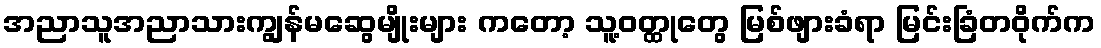
အညာသူအညာသားကျွန်မဆွေမျိုးများ ကတော့ သူ့ဝတ္ထုတွေ မြစ်ဖျားခံရာ မြင်းခြံတဝိုက်က